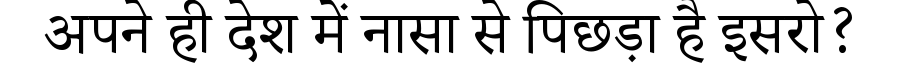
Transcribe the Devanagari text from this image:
अपने ही देश में नासा से पिछड़ा है इसरो?